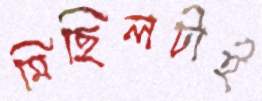
মিছিলটাই